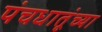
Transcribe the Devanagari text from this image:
पंचधातूंच्या